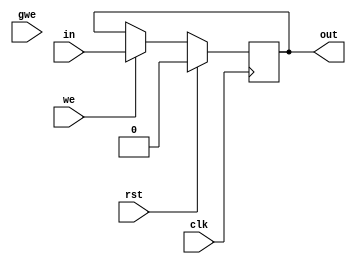
module Nbit_reg( 
in,
out,
clk,
we,
gwe,
rst
);

parameter n=1;

  input  [n-1:0] in;
  output reg [n-1:0] out;
  input          clk;
  input          we;
  input          gwe;
  input          rst;

always @(posedge clk) begin
   if(rst) begin
              out <= #1 0;
   end else begin
              out <= #1 we ? in : out;     
	    end
end
   //Nbit_reg #(n) stage_1 (.in(in_value), .out(value_1_2), .clk(clk), .we(1'd1), .gwe(gwe), .rst(rst));


endmodule